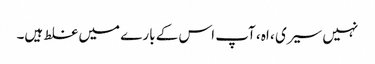
نہیں سیری ، اہ ، آپ اس کے بارے میں غلط ہیں۔